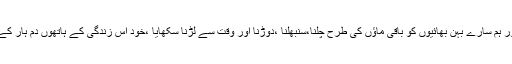
وہ والدہ جس نے مجھے اور ہم سارے بہن بھائیوں کو باقی ماؤں کی طرح چلنا،سنبھلنا ،دوڑنا اور وقت سے لڑنا سکھایا ،خود اس زندگی کے ہاتھوں دم ہار کے منوں مٹی تلے چلی گئیں۔